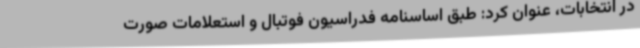
در انتخابات، عنوان کرد: طبق اساسنامه فدراسیون فوتبال و استعلامات صورت